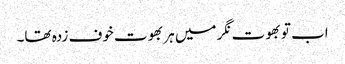
اب تو بھوت نگر میں ہر بھوت خوف زدہ تھا۔